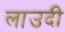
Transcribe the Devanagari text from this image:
लाउदी